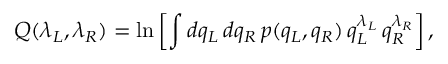
Q ( \lambda _ { L } , \lambda _ { R } ) = \ln \left[ \int d q _ { L } \, d q _ { R } \, p ( q _ { L } , q _ { R } ) \, q _ { L } ^ { \lambda _ { L } } \, q _ { R } ^ { \lambda _ { R } } \right] ,